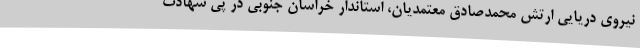
نیروی دریایی ارتش محمدصادق معتمدیان، استاندار خراسان جنوبی در پی شهادت